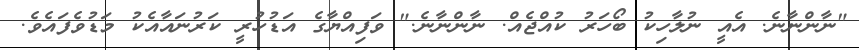
"ނާންނާނެ. އެއީ ނުލާހިކު ބޯހަރު ކުއްޖެއް. ނާންނާނެ." ވަފިއްޔާގެ އަޑުހުރީ ކަރުނައާއެކު މަޑުވެފައެވެ.